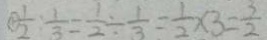
\textcircled { 1 } \frac { 1 } { 2 } : \frac { 1 } { 3 } = \frac { 1 } { 2 } \div \frac { 1 } { 3 } = \frac { 1 } { 2 } \times 3 = \frac { 3 } { 2 }